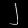
Digit: ၂